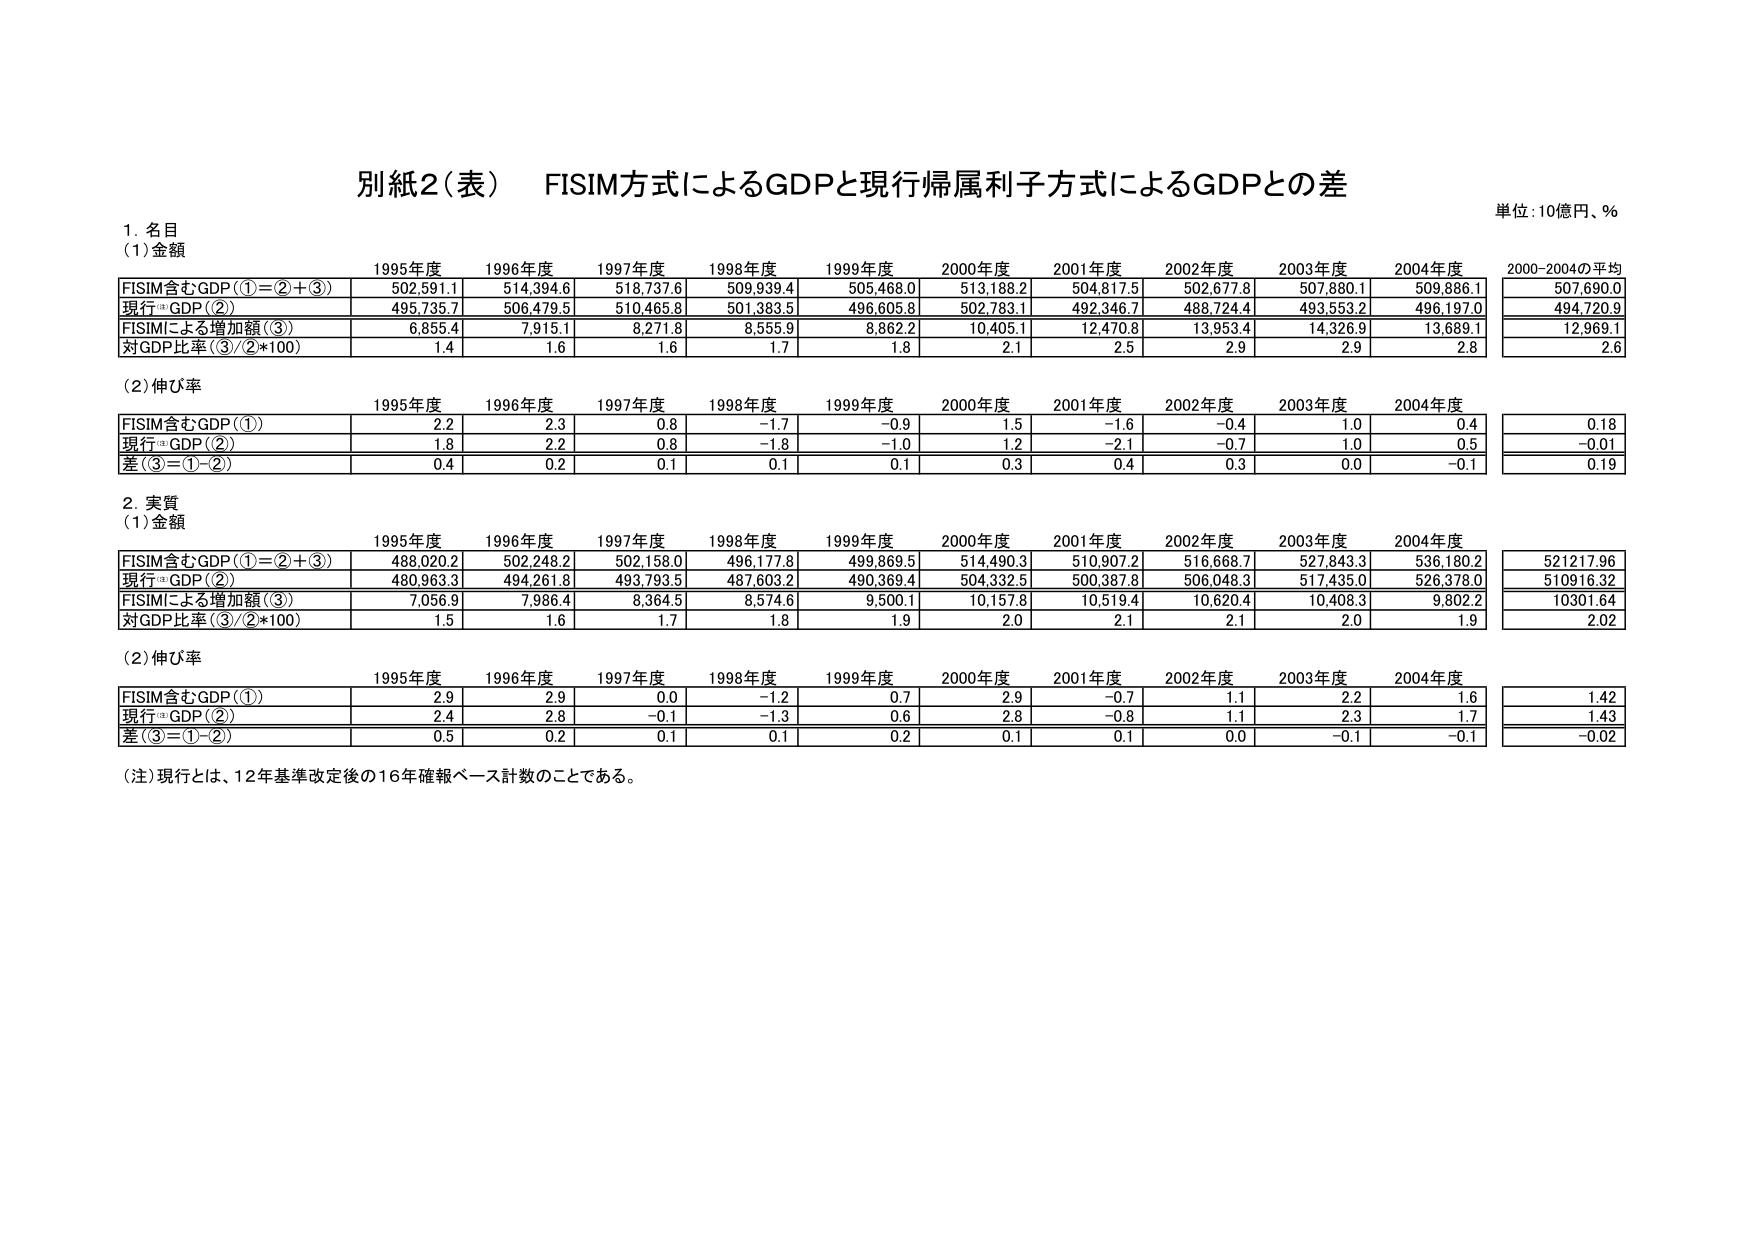
別紙2（表） FISIM方式によるGDPと現行帰属利子方式によるGDPとの差

単位：10億円、％

1. 名目
（1）金額
1995年度 1996年度 1997年度 1998年度 1999年度 2000年度 2001年度 2002年度 2003年度 2004年度 2000-2004の平均
FISIM含むGDP（①＝②＋③） 502,591.1 514,394.6 518,737.6 509,939.4 505,468.0 513,188.2 504,817.5 502,677.8 507,880.1 509,886.1 507,690.0
現行*GDP（②） 495,735.7 506,479.5 510,465.8 501,383.5 496,605.8 502,783.1 492,346.7 488,724.4 493,553.2 496,197.0 494,720.9
FISIMによる増加額（③） 6,855.4 7,915.1 8,271.8 8,555.9 8,862.2 10,405.1 12,470.8 13,953.4 14,326.9 13,689.1 12,969.1
対GDP比率（③/②*100） 1.4 1.6 1.6 1.7 1.8 2.1 2.5 2.9 2.9 2.8 2.6

（2）伸び率
1995年度 1996年度 1997年度 1998年度 1999年度 2000年度 2001年度 2002年度 2003年度 2004年度
FISIM含むGDP（①） 2.2 2.3 0.8 -1.7 -0.9 1.5 -1.6 -0.4 1.0 0.4 0.18
現行*GDP（②） 1.8 2.2 0.8 -1.8 -1.0 1.2 -2.1 -0.7 1.0 0.5 -0.01
差（③＝①-②） 0.4 0.2 0.1 0.1 0.1 0.3 0.4 0.3 0.0 -0.1 0.19

2. 実質
（1）金額
1995年度 1996年度 1997年度 1998年度 1999年度 2000年度 2001年度 2002年度 2003年度 2004年度
FISIM含むGDP（①＝②＋③） 488,020.2 502,248.2 502,158.0 496,177.8 499,869.5 514,490.3 510,907.2 516,668.7 527,843.3 536,180.2 521,217.96
現行*GDP（②） 480,963.3 494,261.8 493,793.5 487,603.2 490,369.4 504,332.5 500,387.8 506,048.3 517,435.0 526,378.0 510,916.32
FISIMによる増加額（③） 7,056.9 7,986.4 8,364.5 8,574.6 9,500.1 10,157.8 10,519.4 10,620.4 10,408.3 9,802.2 10,301.64
対GDP比率（③/②*100） 1.5 1.6 1.7 1.8 1.9 2.0 2.1 2.1 2.0 1.9 2.02

（2）伸び率
1995年度 1996年度 1997年度 1998年度 1999年度 2000年度 2001年度 2002年度 2003年度 2004年度
FISIM含むGDP（①） 2.9 2.9 0.0 -1.2 0.7 2.9 -0.7 1.1 2.2 1.6 1.42
現行*GDP（②） 2.4 2.8 -0.1 -1.3 0.6 2.8 -0.8 1.1 2.3 1.7 1.43
差（③＝①-②） 0.5 0.2 0.1 0.1 0.2 0.1 0.1 0.0 -0.1 -0.1 -0.02

（注）現行とは、12年基準改定後の16年確報ベース計数のことである。